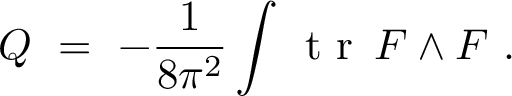
Q \ = \ - \frac { 1 } { 8 \pi ^ { 2 } } \int \! \; \textrm { t r } \, F \wedge F \ .